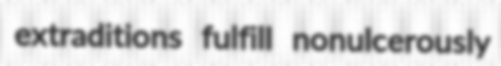
extraditions fulfill nonulcerously